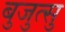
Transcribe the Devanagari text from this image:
बुजुत्सु